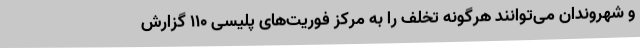
و شهروندان می‌توانند هرگونه تخلف را به مرکز فوریت‌های پلیسی 110 گزارش